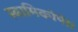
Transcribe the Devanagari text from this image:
स्वामिकोपे।।